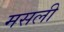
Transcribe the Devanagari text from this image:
मसली